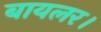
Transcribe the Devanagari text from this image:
बायलर।